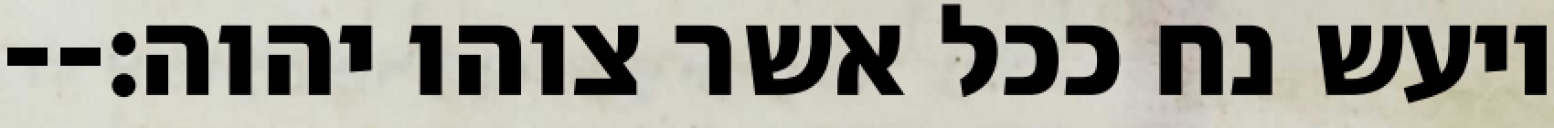
ויעש נח ככל אשר צוהו יהוה׃--